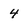
Character: 4